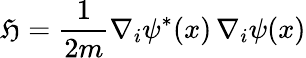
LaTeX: {\mathfrak{H}}={\frac{1}{2m}}\nabla_{i}\psi^{*}(x)\, \nabla_{i}\psi(x)